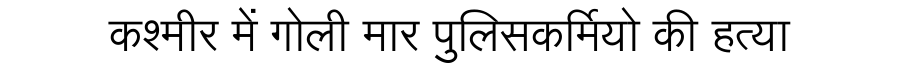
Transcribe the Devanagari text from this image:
कश्मीर में गोली मार पुलिसकर्मियो की हत्या